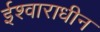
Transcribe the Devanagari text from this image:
ईश्वाराधीन